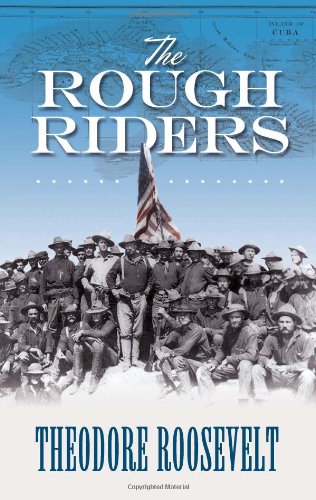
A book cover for The Rough Riders (Dover Books on Americana); Theodore Roosevelt; History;